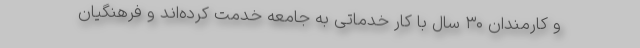
و کارمندان ۳۰ سال با کار خدماتی به جامعه خدمت کرده‌اند و فرهنگیان